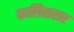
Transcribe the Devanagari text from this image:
कालिसरार